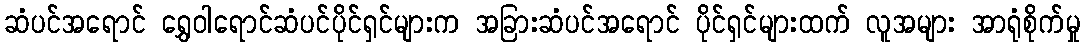
ဆံပင်အရောင် ရွှေဝါရောင်ဆံပင်ပိုင်ရှင်များက အခြားဆံပင်အရောင် ပိုင်ရှင်များထက် လူအများ အာရုံစိုက်မှု